Annual report of the Bengal Veterinary College and of the Civil Veterinary Department, Bengal, for the year 1911-1912 - 1911-1912
Year: 1911
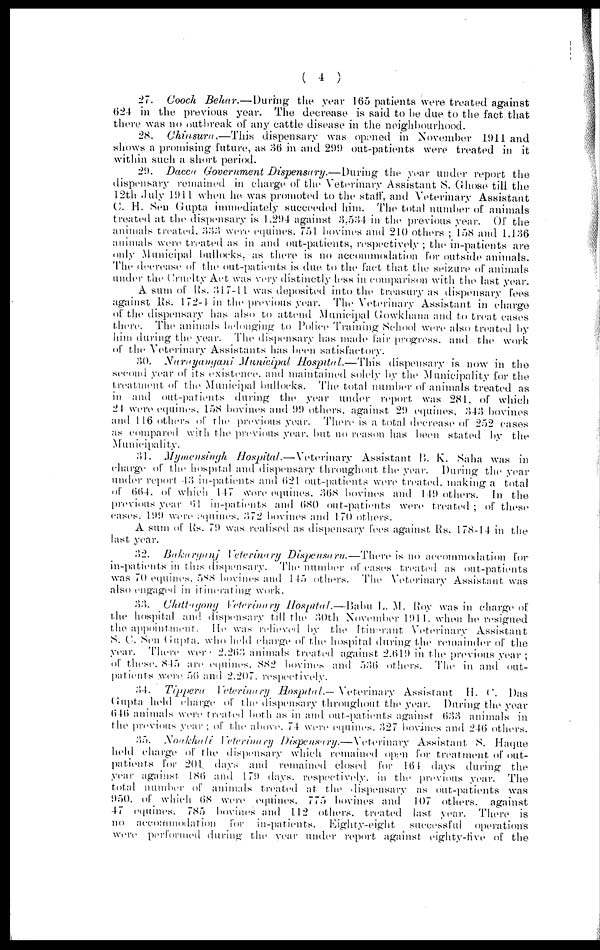
( 4 )
27. Cooch Behar.—During
the year 165 patients were treated against
624 in the previous year. The decrease is said to be due to the fact that
there was no outbreak of any cattle disease in the neighbourhood.
28. Chinsura—This
dispensary was opened in November 1911 and
shows a promising future, as 36 in and 299 out-patients were treated in it
within such a short period.
20. Dacca Government Dispensary.—During
the year under report the
dispensary remained in charge of the Veterinary Assistant S. Ghose till the
12th July 1911 when he was promoted to the staff, and Veterinary Assistant
C. H. Sen Gupta immediately succeeded him. The total number of animals
treated at the dispensary is 1.294 against 3,534 in the previous year. Of the
animals treated. 333 were equines. 751. bovines and 210 others ; 158 and 1.136
animals were treated as in and out-patients, respectively ; the in-patients are
only Municipal bullocks, as there is no accommodation for outside animals.
The decrease of the out-patients is due to the fact that the seizure of animals
under the Cruelty Act was very distinctly less in comparison with the last year.
A sum of Rs. 317-11 was deposited into the treasury as dispensary fees
against Rs. 172-4 in the previous year. The Veterinary Assistant in charge
of the dispensary has also to attend Municipal Gowkhana and to treat cases
there. The animals belonging to Police Training School were also treated by
him during the year. The dispensary has made fair progress, and the work
of the Veterinary Assistants has been satisfactory.
30. Narayanyani
Municipal Hospital.—This
dispensary is now in the
second year of its existence, and maintained solely by the Municipality for the
treatment of the Municipal bullocks. The total number of animals treated as
in and out-patients during the year under report was 281, of which
21 were equines. 158 bovines and 99 others, against 29 equines, 343 bovines
and 116 others of the previous year. There is a total decrease of 252 cases
as compared with the previous year. but no reason has been stated by the
Municipality.
31. Mymensingh
Hospital.—Veterinary
Assistant B. K. Saha was in
charge of the hospital and dispensary throughout the year. During the year
under report 43 in-patients and 621 out-patients were treated. making a total
of 664. of which 147 were equines. 368 bovines and 149 others. In the
previous year 61 in-patients and 680 out-patients were treated ; of these
eases. 199 were equines. 372 bovines and 170 others.
A sum of Rs. 79 was realised as dispensary fees against Rs. 178-14 in the
last year.
32. Bakarganj
Veterinary Dispensaru.—There
is no accommodation for
in-patients in this dispensary. The number of cases treated as out-patients
was 70 equines. 588 bovines and 145 others. The Veterinary Assistant was
also engaged in itinerating work.
33. Chittagong Veterinary Hospital.—Babu L. M. Roy was in charge of
the hospital and dispensary till the 30th November 1911. when he resigned
the appointment. He was relieved by the Itinerant Veterinary Assistant
S. 0. Sen Gupta. who held charge of the hospital during the remainder of the
year. There were 2.263 animals treated against 2.61!) in the previous year ;
of these. 845 are equines. 882 bovine and 536 others. The in and out-
patients were 5(5 and 2.207. respectively.
34. Tippera
Veterinary Hospital.— Veterinary Assistant H. C. Das
Gupta held charge of the dispensary throughout the year. During the year
646 animals were treated both as in and out-patients against. 633 animals in
the previous year ; of the above. 74 were equines. 327 bovines and 246 others.
35. Noakhali Veterinary Dispensary.—Veterinary
Assistant S. Haque
held charge of the dispensary which remained open for treatment of out-
patients for 201. days and remained closed for 164 days during the
year against 186 and 179 days. respectively. in the previous year. The
total number of animals treated at the dispensary as out-patients was
!)50, of which 68 were equities. 775 bovines and 107 others. against
47 equines. 785 bovines and 112 others. treated last year. There is
no accommodation
for. in-patients. Eighty-eight
successful
operations
were performed during the year under report against eighty-five of the